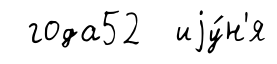
года52 иjу́н'я